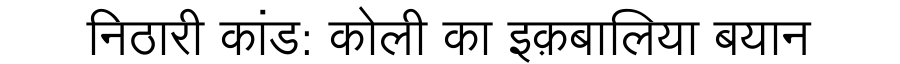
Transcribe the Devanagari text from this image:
निठारी कांड: कोली का इक़बालिया बयान